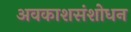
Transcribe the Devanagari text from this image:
अवकाशसंशोधन